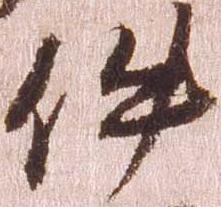
件